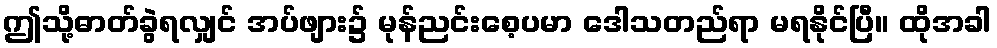
ဤသို့ဓာတ်ခွဲရလျှင် အပ်ဖျား၌ မုန်ညင်းစေ့ပမာ ဒေါသတည်ရာ မရနိုင်ပြီ။ ထိုအခါ